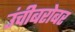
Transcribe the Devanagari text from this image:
उंचीबरोबर